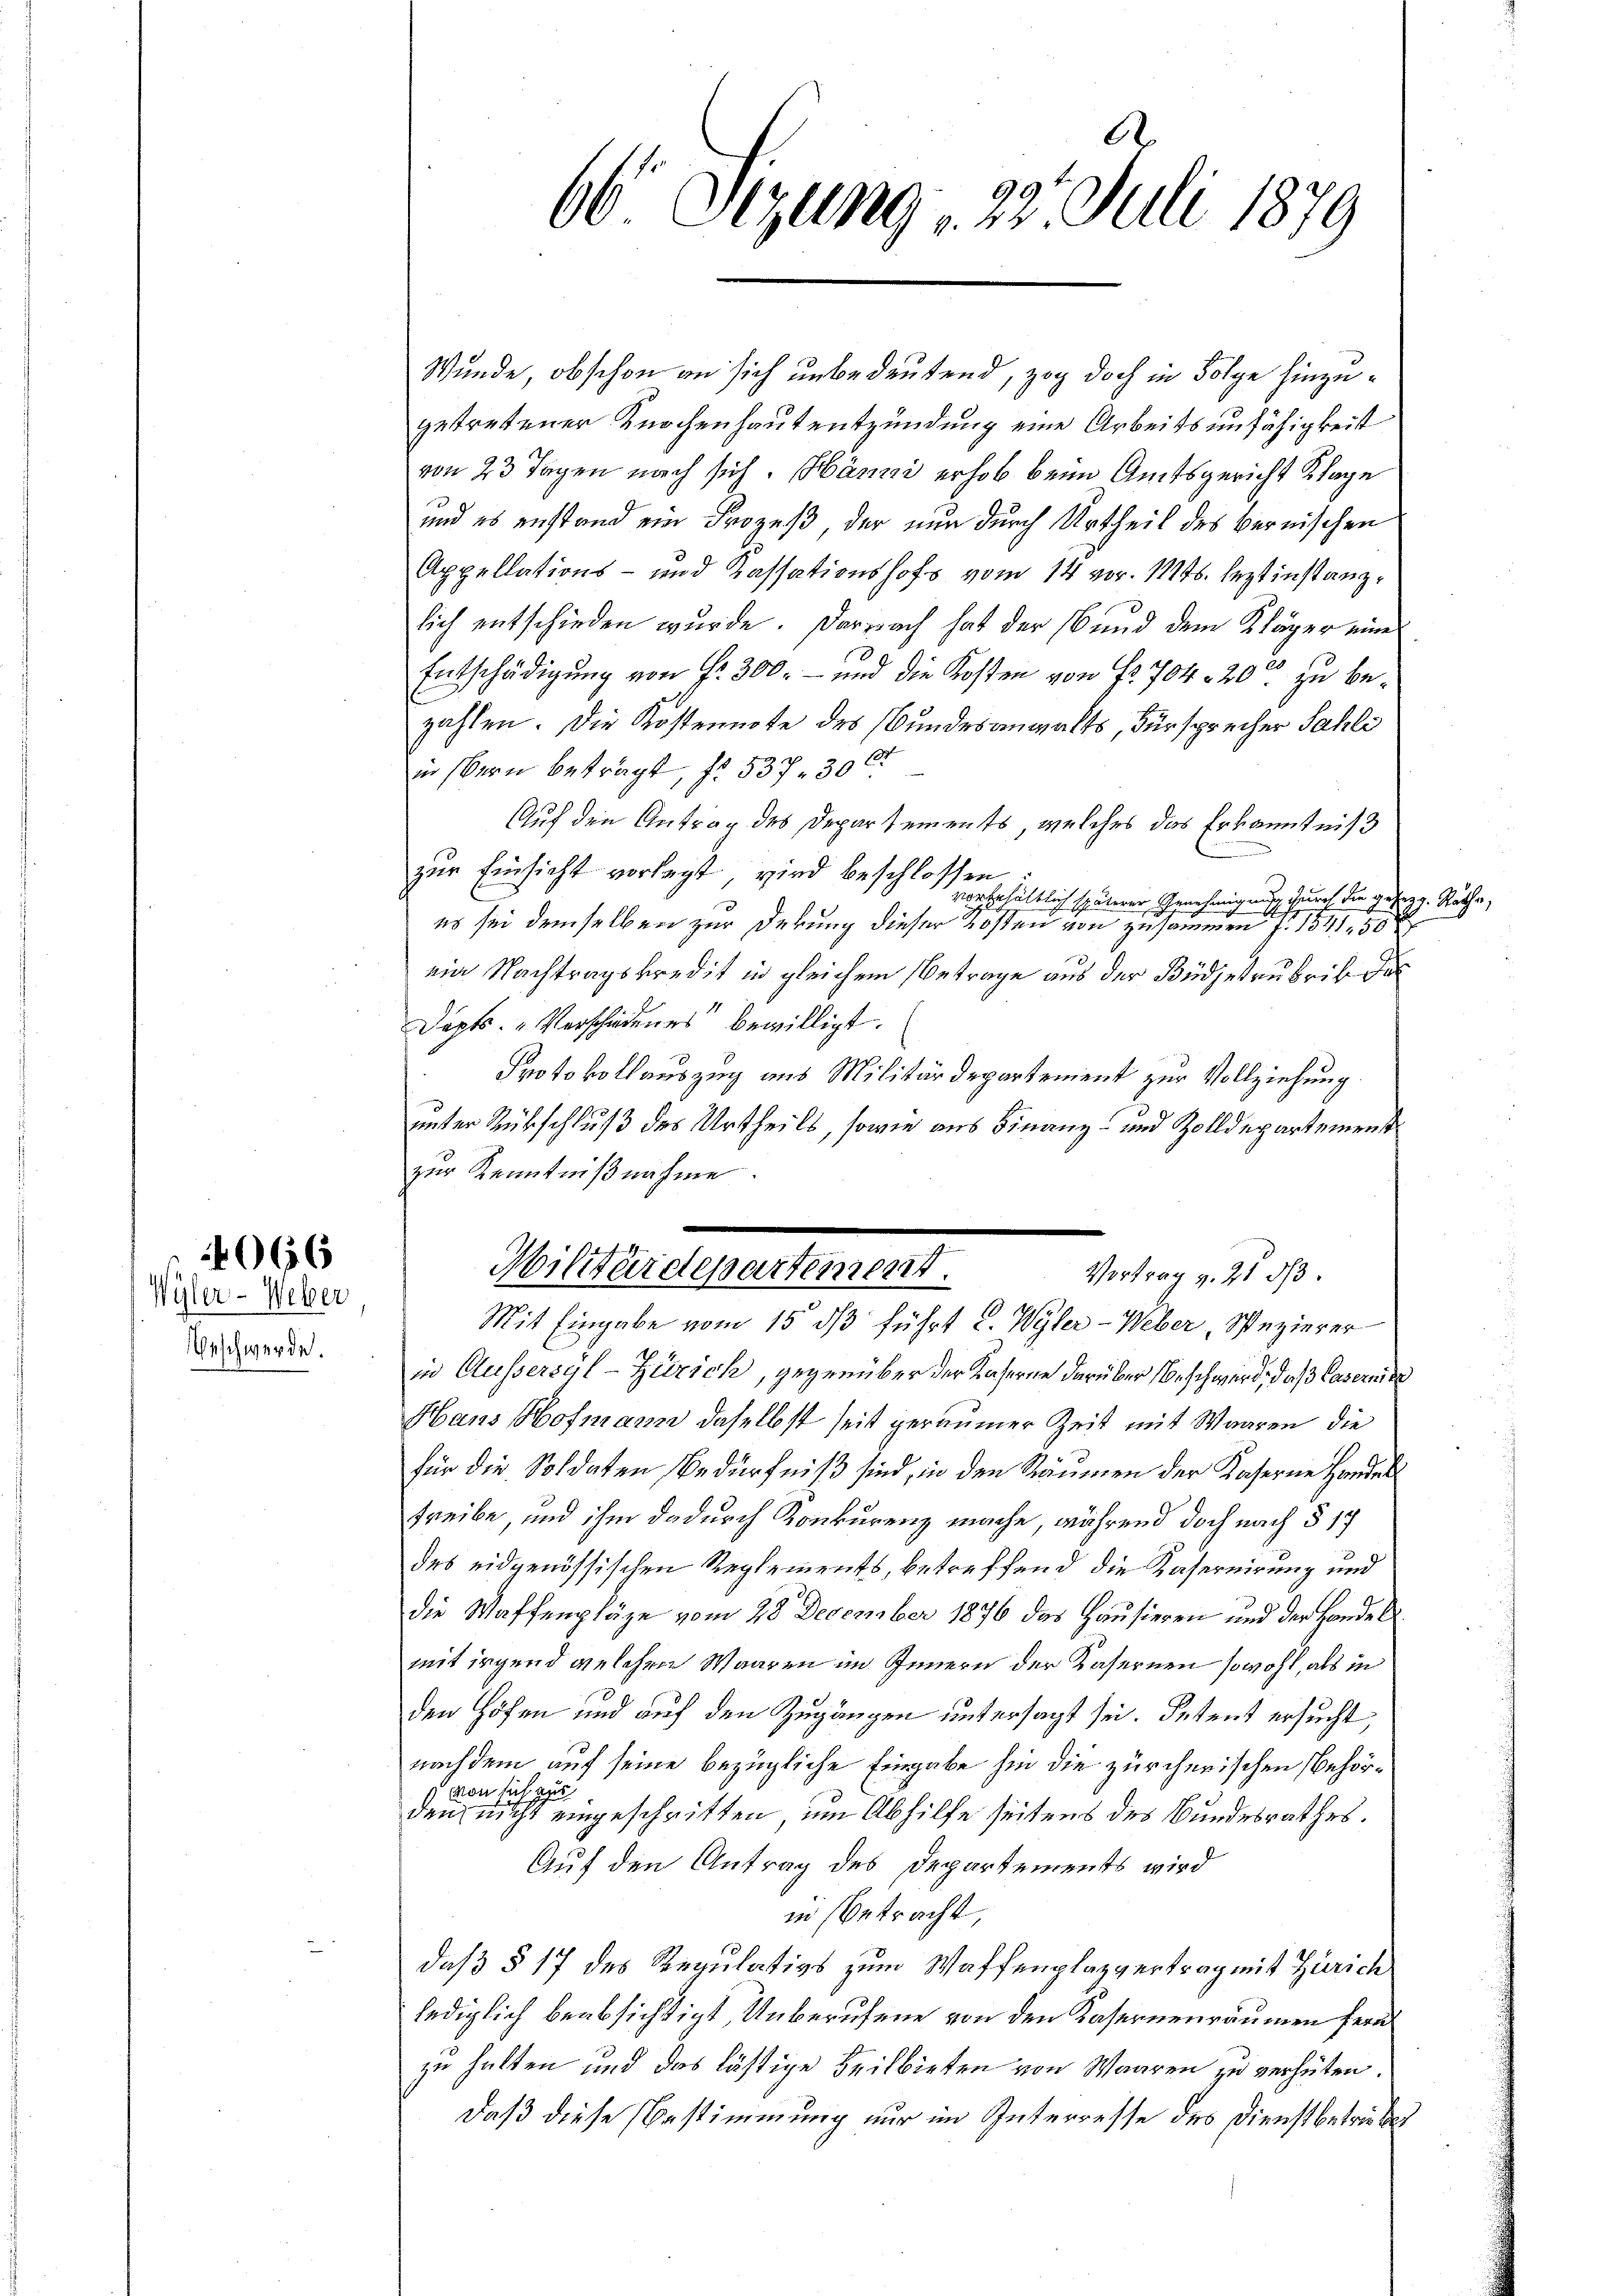
Geschwerde.

66
Wyler - Weber

Wunde, obschon an sich unbedeutend, zog doch in Folge hinzugetretener Knochenhausentzündung eine Arbeitsunfähigkeit
von 23 Tagen nach sich. Hänni erhob beim Amtsgericht Klage
und es anstand ein Prozeß der nun durch Urtheil des bernischen
Appellations- und Kassationshofs vom 14 vor. Mts. leztinstanzlich entschieden wurde. Darnach hat der 16 und dem Kläger eine
Entschädigŭng von Fr. 300.- und die Kosten von Fr. 704. 20. zu be-
zahlen. Die Kostennote des Bundesanwalts, Fürsprecher Sahli
in Bern betragt, fo 537. 300
Auf den Antrag des Departements, welches das Erkanntniß
zur Einsicht vorlegt, wird beschlossen
vorbehältlich späterer Genehmigung durch die gesag v. Rathe,
es sei demselben zur Dekung dieser Kosten von zusammen f. 1841, 30 x
ein Nachtragskredit in gleichem Betrage aus der Büdgetrubrik de
Dapts: „Verschiedenes bewilligt.
Protokollauszug aus Militärdepartement zur Vollziehung.
unter Rückschluß des Urtheils, sowie aus Finanz- und Zolldepartement
zur Kenntnißnahme.
Mit Eingabe vom 15. ds führt v. Wyler-Weber, Spezierer
in Aussersal-Zürich, gegenüber der Kaserne darüber Beschwerd, daß Casernde
Hans Hofmann daselbst seit geraumer Zeit mit Waaren, die
für die Soldaten Bedürfniß sind, in den Räumen der Kaserne Handel
treibe, und ihm dadurch Konkurenz mache, während doch nach § 17
des eidgenössischen Reglements, betreffend die Kasernirung und
die Waffenpläge vom 28. December 1876 das Hausieren und der Handel
mit irgend welchen Waaren im Innern der Kasernen sowohl, als in
den Höfen und auf den Zugängen untersagt sei. Petent ersucht,
nachdem auf seine bezügliche Eingabe hin die zürcherischen Behör¬
 von sich zu
den nicht eingeschritten, um Abhilfe seitens des Bundesrathes.
Auf den Antrag des Departements wird
in Betracht,
daß § 17 des Regulativs zum Waffenplazvertrag mit Zürich
lediglich beabsichtigt Unberufene von den Kasernenräumen fern
zu halten und das lästige Teilbieten von Waaren zu verhüten.
daß diese Bestimmung nur im Interresse des Dienstbetriebes

66 Sizung 22. Juli 1879

Militärdepartement.
Vortrag v. 21 d